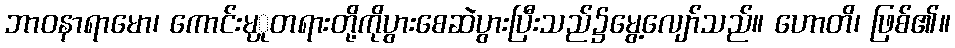
ဘာဝနာရာမော၊ ကောင်းမုှုတရားတို့ကိုပွားစေဆဲပွားပြီးသည်၌မွေ့လျော်သည်။ ဟောတိ၊ ဖြစ်၏။